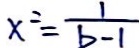
x ^ { 2 } = \frac { 1 } { b - 1 }